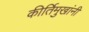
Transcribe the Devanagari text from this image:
कीर्तिमुखांनी